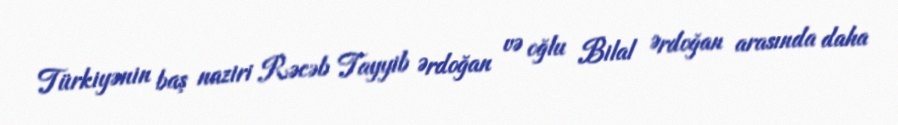
Türkiyənin baş naziri Rəcəb Tayyib Ərdoğan və oğlu Bilal Ərdoğan arasında daha